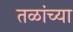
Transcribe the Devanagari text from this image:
तळांच्या